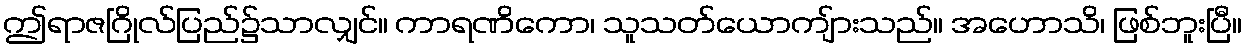
ဤရာဇဂြိုလ်ပြည်၌သာလျှင်။ ကာရဏိကော၊ သူသတ်ယောကျ်ားသည်။ အဟောသိ၊ ဖြစ်ဘူးပြီ။